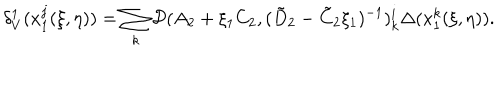
\delta _ { V } ^ { 1 } ( x _ { 1 } ^ { j } ( \xi , \eta ) ) = \sum _ { k } { \cal D } ( A _ { 2 } + \xi _ { 1 } C _ { 2 } , ( \tilde { D } _ { 2 } - \tilde { C } _ { 2 } \xi _ { 1 } ) ^ { - 1 } ) _ { k } ^ { i } \Delta ( x _ { 1 } ^ { k } ( \xi , \eta ) ) .